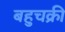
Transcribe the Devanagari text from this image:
बहुचक्री